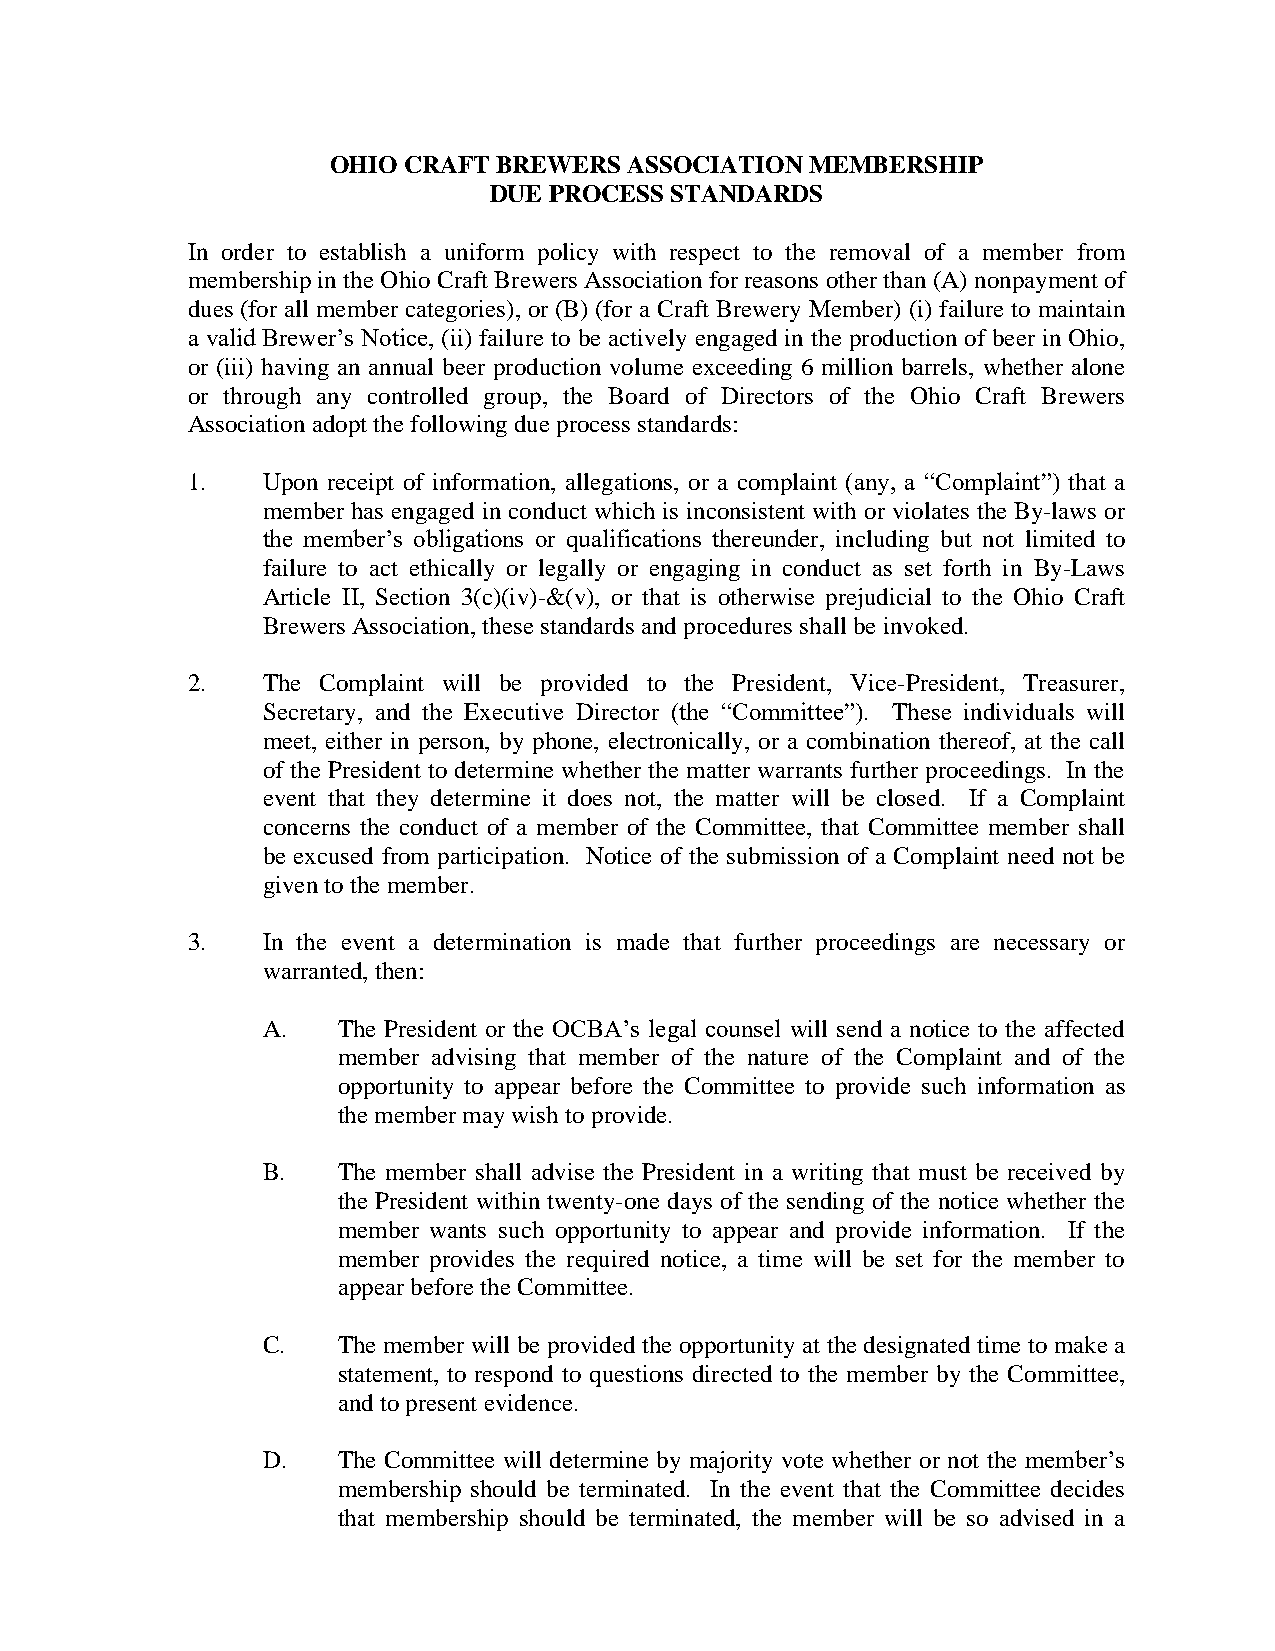
OHIO CRAFT BREWERS  ASSOCIATION MEMBERSHIP
 DUE PROCESS STANDARDS
 In order to establish a uniform policy with respect to the removal of a member from
 membership in the Ohio Craft Brewers Association for reasons other than (A) nonpayment of
 dues (for all member categories), or (B) (for a Craft Brewery Member) (i) failure to maintain
 a valid Brewer’s Notice, (ii) failure to be actively engaged in the production of beer in Ohio,
 or (iii) having an annual beer production volume exceeding 6 million barrels, whether alone
 or through any controlled group, the Board of Directors of the Ohio Craft Brewers
 Association adopt the following due process standards:
 1.   Upon receipt of information, allegations, or a complaint (any, a “Complaint”) that a
 member has engaged in conduct which is inconsistent with or violates the By-laws or
 the member’s obligations or qualifications thereunder, including but not limited to
 failure to act ethically or legally or engaging in conduct as set forth in By-Laws
 Article II, Section 3(c)(iv)-&(v), or that is otherwise prejudicial to the Ohio Craft
 Brewers Association, these standards and procedures shall be invoked.
 2.   The Complaint will be provided to the President, Vice-President, Treasurer,
 Secretary, and the Executive Director (the “Committee”). These individuals will
 meet, either in person, by phone, electronically, or a combination thereof, at the call
 of the President to determine whether the matter warrants further proceedings. In the
 event that they determine it does not, the matter will be closed. If a Complaint
 concerns the conduct of a member of the Committee, that Committee member shall
 be excused from participation. Notice of the submission of a Complaint need not be
 given to the member.
 3.   In the event a determination is made that further proceedings are necessary or
 warranted, then:
 A.   The President or the OCBA’s legal counsel will send a notice to the affected
 member advising that member of the nature of the Complaint and of the
 opportunity to appear before the Committee to provide such information as
 the member may wish to provide.
 B.   The member shall advise the President in a writing that must be received by
 the President within twenty-one days of the sending of the notice whether the
 member wants such opportunity to appear and provide information. If the
 member provides the required notice, a time will be set for the member to
 appear before the Committee.
 C.   The member will be provided the opportunity at the designated time to make a
 statement, to respond to questions directed to the member by the Committee,
 and to present evidence.
 D.   The Committee will determine by majority vote whether or not the member’s
 membership should be terminated. In the event that the Committee decides
 that membership should be terminated, the member will be so advised in a